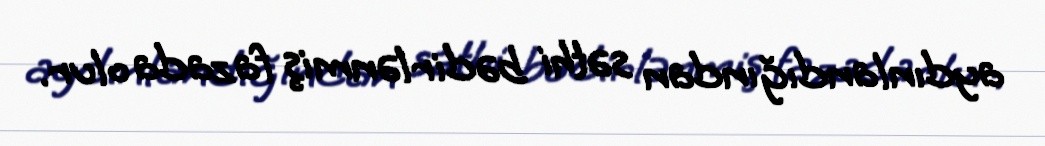
aydınlandığından səthi bədirlənmiş fazada olur.